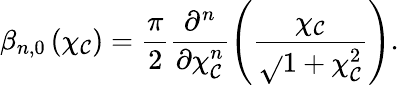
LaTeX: \beta_{n,0}\left(\chi_{\mathcal{C}}\right)=\frac{{\pi}}{{2}}\frac{{\partial^{n}}}{{\partial\chi_{\mathcal{C}}^{n}}}\left(\frac{{\chi_{\mathcal{C}}}}{{\sqrt{}{{1+\chi_{\mathcal{C}}^{2}}}}}\right).